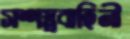
সশস্ত্রবাহিনী